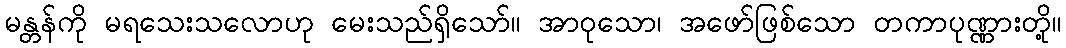
မန္တန်ကို မရသေးသလောဟု မေးသည်ရှိသော်။ အာဝုသော၊ အဖော်ဖြစ်သော တကာပုဏ္ဏားတို့။